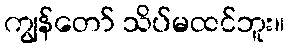
ကျွန်တော် သိပ်မထင်ဘူး။